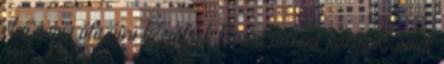
első napja óta újra készülnek Panini Instant kártyák, amik